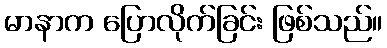
မာနာက ပြောလိုက်ခြင်း ဖြစ်သည်။